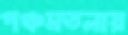
পঞ্চমতলায়